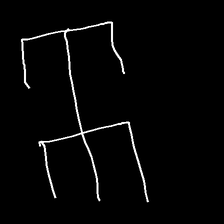
Glyph: entwine